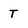
Character: T